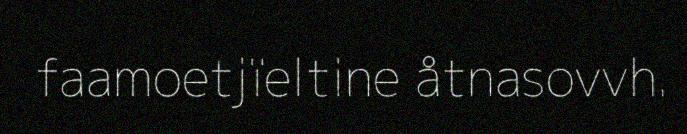
faamoetjïeltine åtnasovvh.